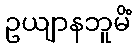
ဥယျာနဘူမိံ